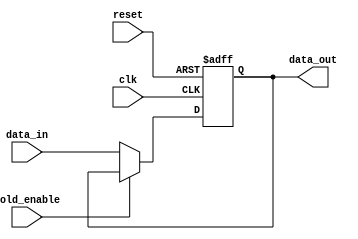
module hold_condition (
    input wire clk,           // Clock signal
    input wire reset,         // Reset signal
    input wire hold_enable,   // Hold enable signal
    input wire [7:0] data_in, // Data input signal (8-bit wide for example)
    output reg [7:0] data_out  // Data output signal (8-bit wide for example)
);

    // Initial value for data_out
    initial begin
        data_out = 8'b0; // Set to zero or any predefined initial value
    end

    // Always block for synchronous operation
    always @(posedge clk or posedge reset) begin
        if (reset) begin
            data_out <= 8'b0; // Reset data_out to zero or predefined value
        end else if (!hold_enable) begin
            data_out <= data_in; // Update data_out with data_in when hold is not enabled
        end
        // If hold_enable is asserted, data_out retains its previous value
    end

endmodule